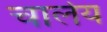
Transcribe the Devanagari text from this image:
चार्लय